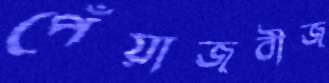
পেঁয়াজবীজ